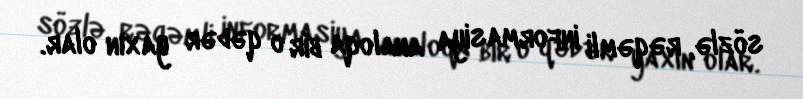
sözlə, rəqəmli informasiya analoqa bir o qədər yaxın olar.